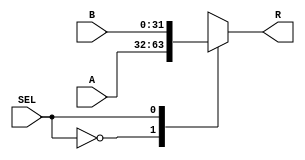
`timescale 1ns/1ns
module mux2_1_32b (
	input [31:0] A, B,
	input SEL,
	output reg [31:0] R
);

	always @(*) begin
		case ( SEL )
			0: R <= A;
			1: R <= B;
		endcase
	end

endmodule // mux2_1_32b